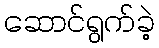
ဆောင်ရွက်ခဲ့